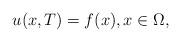
LaTeX: \begin{align*} u(x,T)=f(x), x\in \Omega , \end{align*}